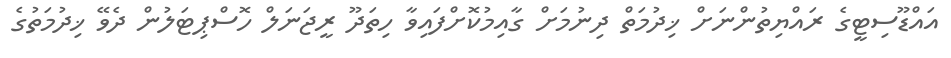
އައްޑޫސިޓީގެ ރައްޔިތުންނަށް ޚިދުމަތް ދިނުމަށް ގާއިމުކޮށްފައިވާ ހިތަދޫ ރީޖަނަލް ހޮސްޕިޓަލުން ދެވޭ ޚިދުމަތުގެ